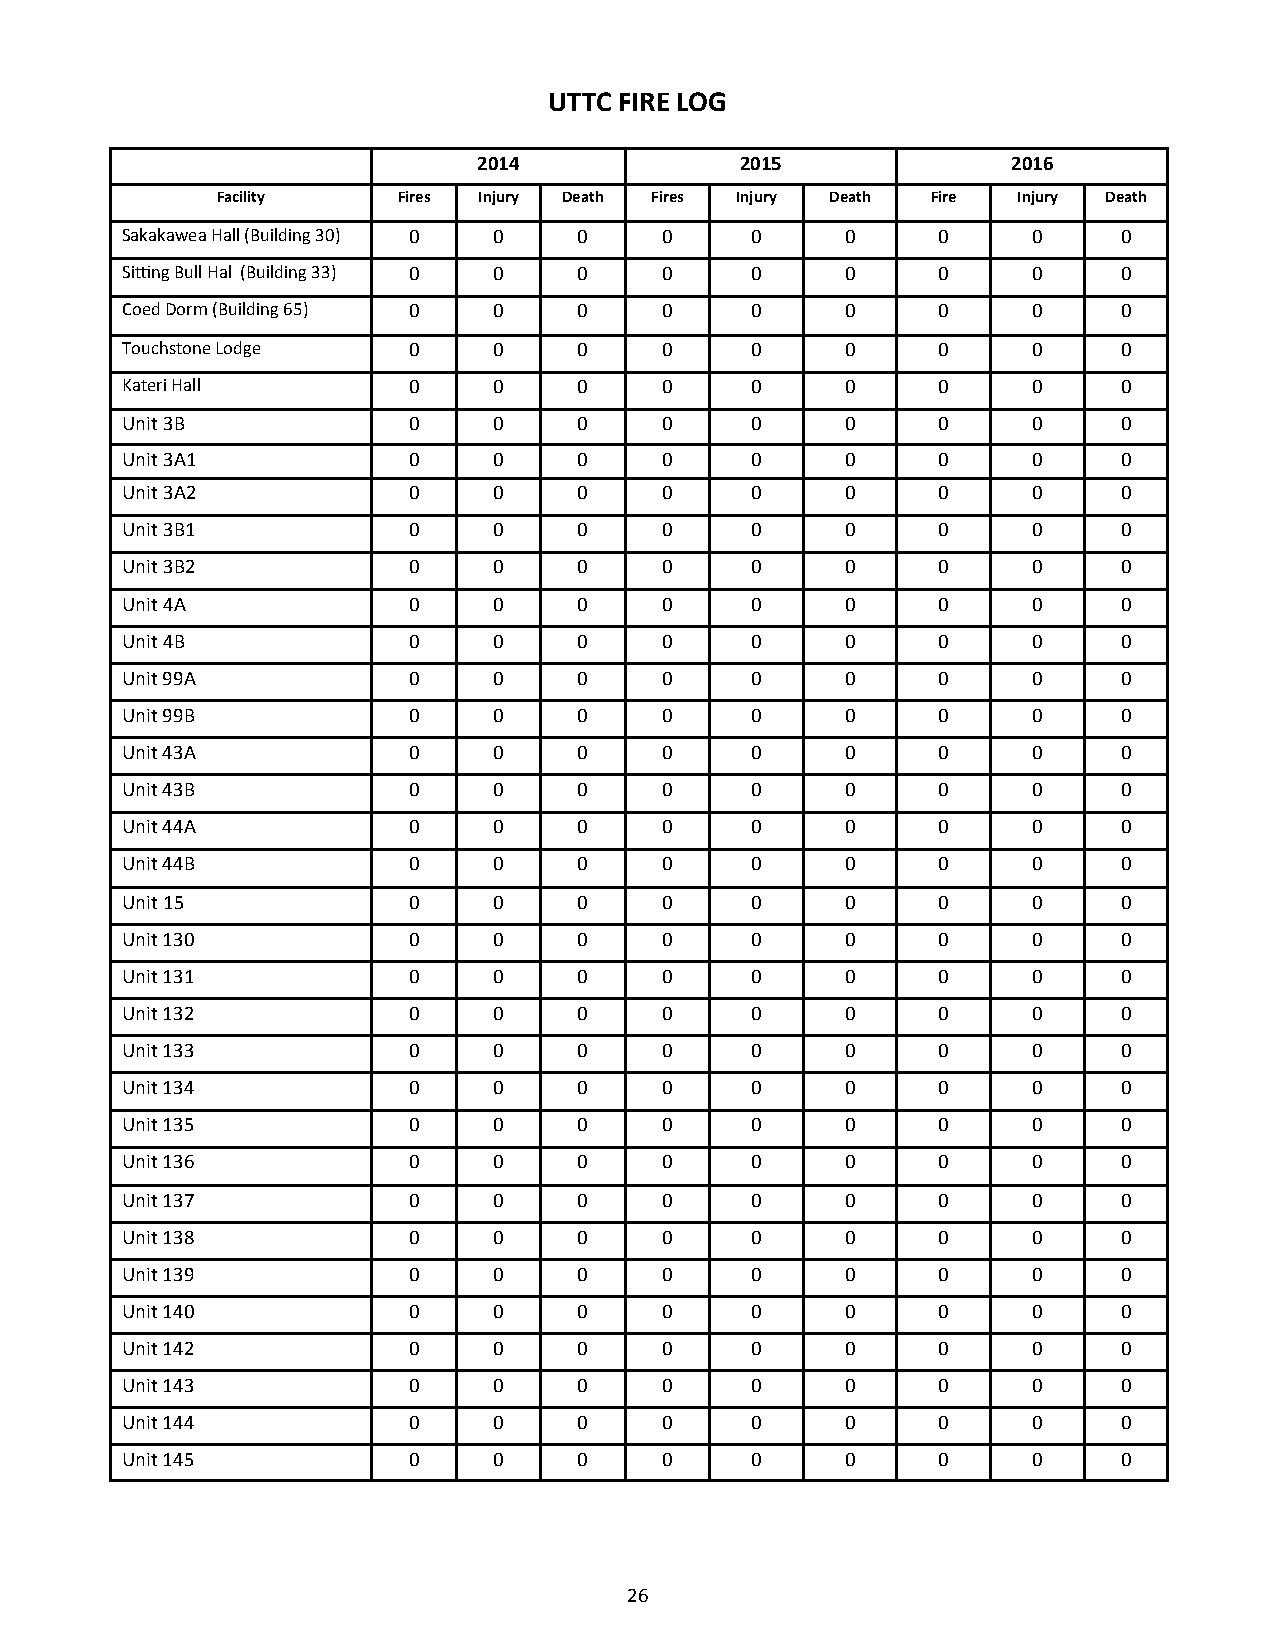
UTTC FIRE LOG
 2014             2015              2016
 Facility    Fires Injury Death Fires Injury Death Fire Injury Death
 Sakakawea Hall (Building 30) 0 0 0  0     0     0     0     0     0
 Sitting Bull Hal (Building 33) 0 0 0 0    0     0     0     0     0
 Coed Dorm (Building 65) 0 0   0     0     0     0     0     0     0
 Touchstone Lodge   0     0    0     0     0     0     0     0     0
 Kateri Hall        0     0    0     0     0     0     0     0     0
 Unit 3B            0     0    0     0     0     0     0     0     0
 Unit 3A1           0     0    0     0     0     0     0     0     0
 Unit 3A2           0     0    0     0     0     0     0     0     0
 Unit 3B1           0     0    0     0     0     0     0     0     0
 Unit 3B2           0     0    0     0     0     0     0     0     0
 Unit 4A            0     0    0     0     0     0     0     0     0
 Unit 4B            0     0    0     0     0     0     0     0     0
 Unit 99A           0     0    0     0     0     0     0     0     0
 Unit 99B           0     0    0     0     0     0     0     0     0
 Unit 43A           0     0    0     0     0     0     0     0     0
 Unit 43B           0     0    0     0     0     0     0     0     0
 Unit 44A           0     0    0     0     0     0     0     0     0
 Unit 44B           0     0    0     0     0     0     0     0     0
 Unit 15            0     0    0     0     0     0     0     0     0
 Unit 130           0     0    0     0     0     0     0     0     0
 Unit 131           0     0    0     0     0     0     0     0     0
 Unit 132           0     0    0     0     0     0     0     0     0
 Unit 133           0     0    0     0     0     0     0     0     0
 Unit 134           0     0    0     0     0     0     0     0     0
 Unit 135           0     0    0     0     0     0     0     0     0
 Unit 136           0     0    0     0     0     0     0     0     0
 Unit 137           0     0    0     0     0     0     0     0     0
 Unit 138           0     0    0     0     0     0     0     0     0
 Unit 139           0     0    0     0     0     0     0     0     0
 Unit 140           0     0    0     0     0     0     0     0     0
 Unit 142           0     0    0     0     0     0     0     0     0
 Unit 143           0     0    0     0     0     0     0     0     0
 Unit 144           0     0    0     0     0     0     0     0     0
 Unit 145           0     0    0     0     0     0     0     0     0
 26